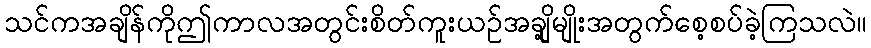
သင်ကအချိန်ကိုဤကာလအတွင်းစိတ်ကူးယဉ်အချို့မျိုးအတွက်စေ့စပ်ခဲ့ကြသလဲ။